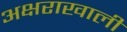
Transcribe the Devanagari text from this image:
अक्षराखाली